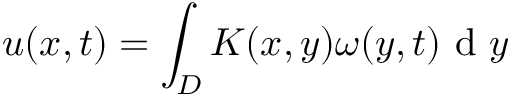
u ( x , t ) = \int _ { D } K ( x , y ) \omega ( y , t ) \textrm { d } y